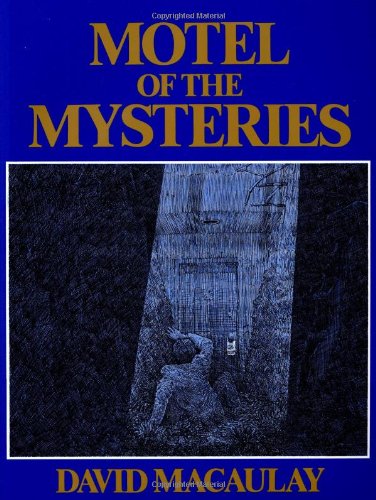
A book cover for Motel of the Mysteries; David Macaulay; Humor & Entertainment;